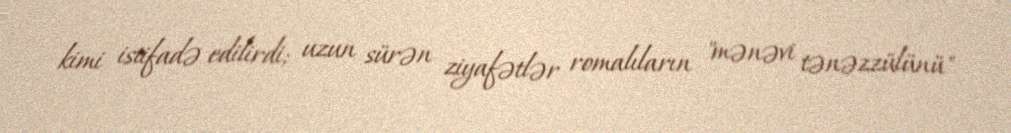
kimi istifadə edilirdi; uzun sürən ziyafətlər romalıların "mənəvi tənəzzülünü"